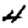
Digit: 4